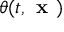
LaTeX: \theta ( t , { \textbf { x } } )